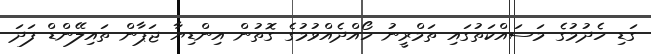
ގަޑި ހެދުމުގެ މަސައްކަތުގައި ތަމްރީނު ހޯއްދެއްވުމުގެ ގޮތުން އިންޑިޔާ ޖަޕާން ތައިލޭންޑް ފަދަ